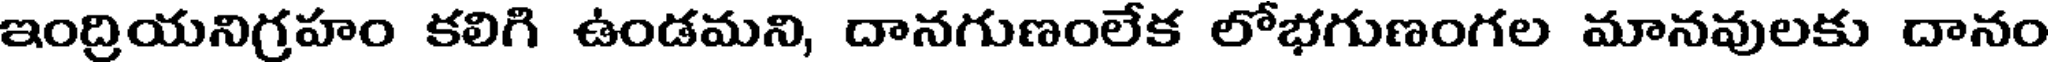
ఇంద్రియనిగ్రహం కలిగి ఉండమని, దానగుణంలేక లోభగుణంగల మానవులకు దానం